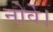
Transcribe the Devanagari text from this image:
नोर्वे।